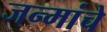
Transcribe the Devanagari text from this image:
जन्मांचे